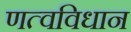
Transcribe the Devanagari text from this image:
णत्वविधान